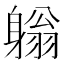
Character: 𨉳